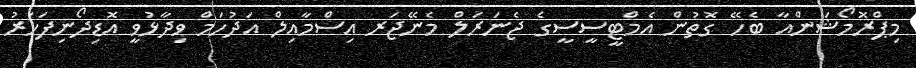
މިޕްރޮމޯޝަންއާ ބެހޭ ގޮތުން އެމްޓީސީސީގެ ޖެނަރަލް މެނޭޖަރ އިސްމާއިލް އަދުހަމް ވިދާޅުވީ އޮޑިދޯނިފަހަރު